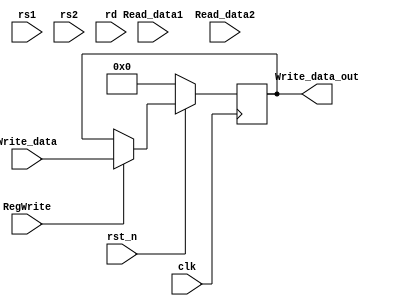
module Register_File (clk, rst_n,Write_data_out, RegWrite, rs1, rs2, rd, Write_data, Read_data1, Read_data2);
    parameter n = 32;
    input clk, rst_n, RegWrite;
    input [4:0] rs1, rs2, rd;
    input [n-1:0] Write_data;
    output reg [n-1:0] Write_data_out;
   // output reg [n-1:0] Registers [n-1:0];
    input [n-1:0] Read_data1, Read_data2;

   reg [n-1:0] Registers [n-1:0];

    integer i;
    always @(posedge clk) begin
        if(~rst_n) begin
            for(i = 0; i < n; i = i+1)
                Registers[i] <= 32'h0; 
        end
        else if(RegWrite) begin
            Registers[rd] <= Write_data;

        end
    end

    always @(posedge clk) begin
        if(~rst_n) begin
            Write_data_out <= 0;
        end
        else if(RegWrite) begin
            Write_data_out <= Write_data;
            
        end
    end
    always @(Read_data1, Read_data2) begin
        Registers[rs1] = Read_data1;
        Registers[rs2] = Read_data2;
    end
    // assign Read_data1 = Registers[rs1];
    // assign Read_data2 = Registers[rs2];
endmodule